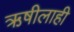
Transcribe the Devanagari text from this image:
ऋषीलाही